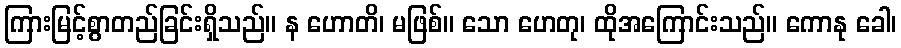
ကြားမြင့်စွာတည်ခြင်းရှိသည်။ န ဟောတိ၊ မဖြစ်။ သော ဟေတု၊ ထိုအကြောင်းသည်။ ကောနု ခေါ၊